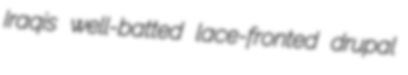
Iraqis well-batted lace-fronted drupal